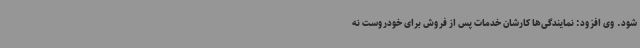
شود. وی افزود: نمایندگی‌ها کارشان خدمات پس از فروش برای خودروست نه